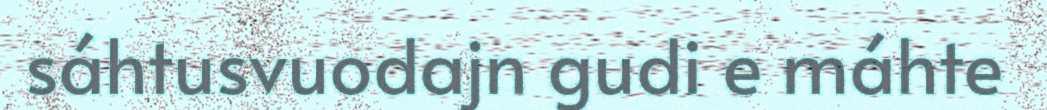
sáhtusvuodajn gudi e máhte